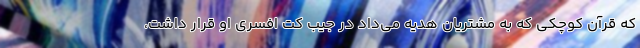
که قرآن کوچکی که به مشتریان هدیه می‌داد در جیب کت افسری او قرار داشت،